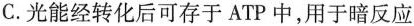
C.光能经转化后可存于ATP中，用于暗反应